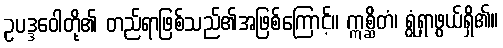
ဥပဒ္ဒဝေါတို့၏ တည်ရာဖြစ်သည်၏အဖြစ်ကြောင့်။ ဣစ္ဆိတံ၊ ရွံရှာဖွယ်ရှိ၏။